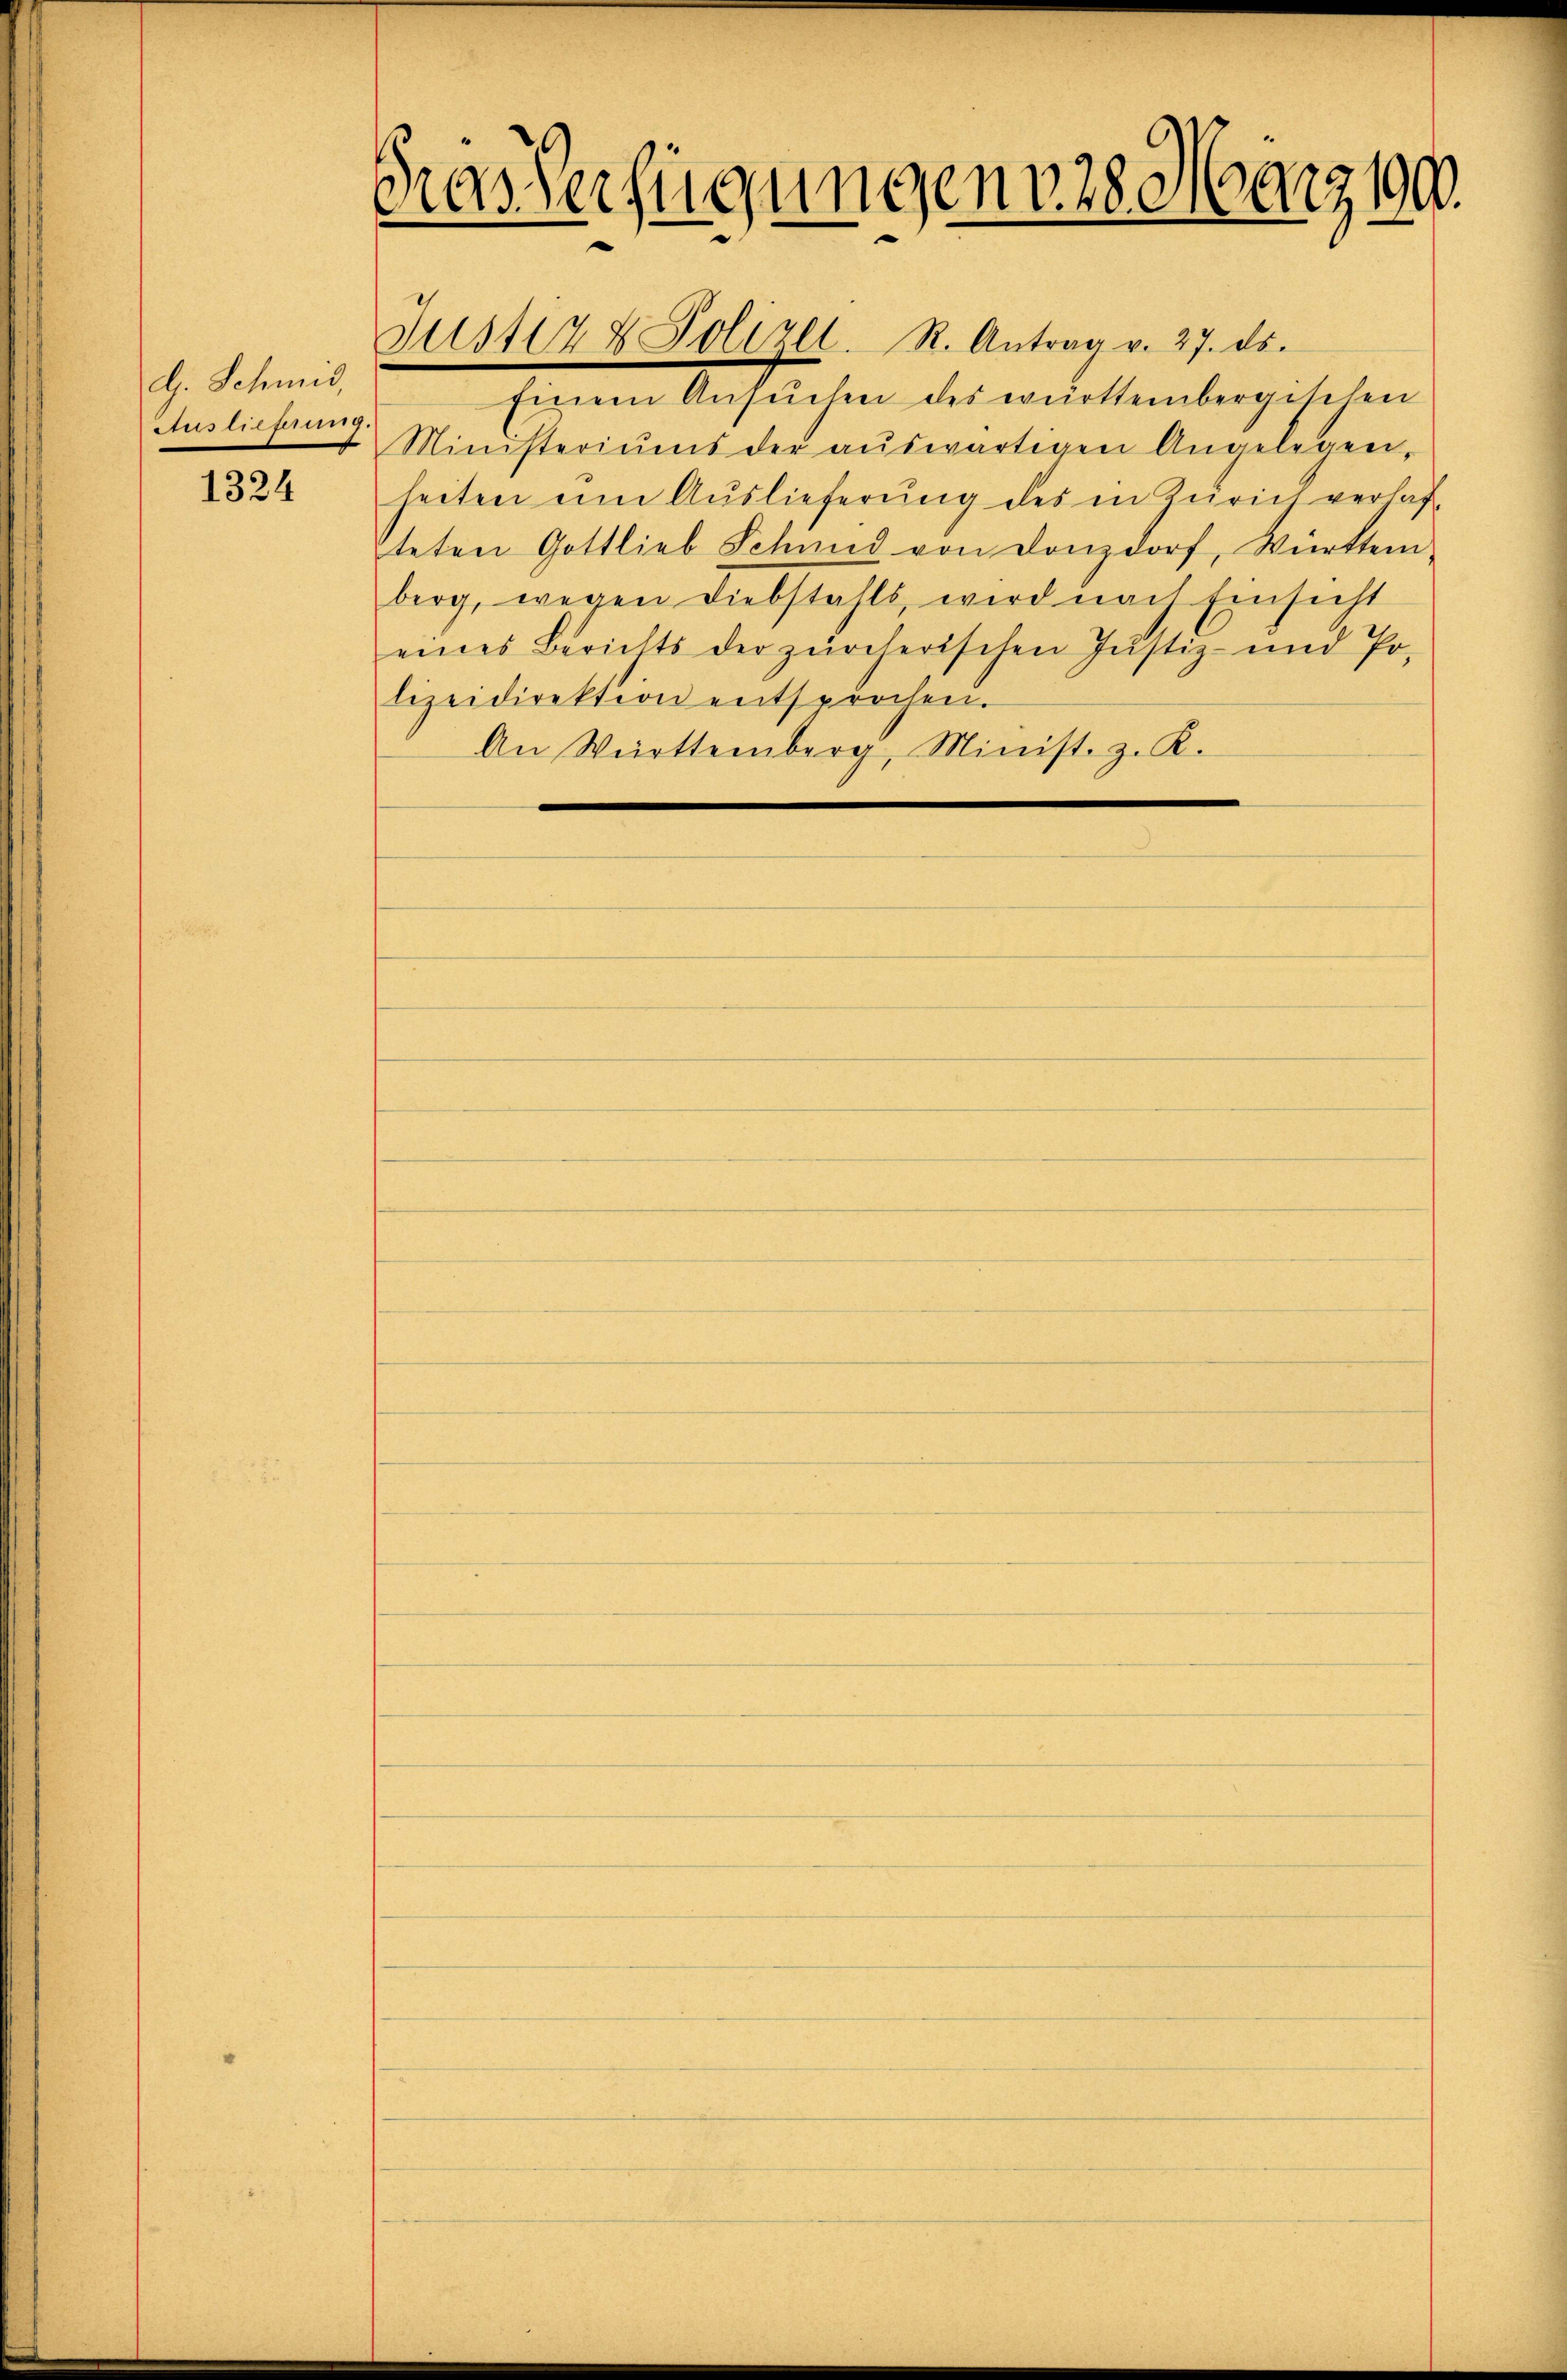
d. Schmid,
Auslieferung.

1324

Das Verfügungen v. 28. März 190.
e

Justiz & Polizei. R. Antrag v. 27. ds.

Einen Ansuchen der weittenbergesehen
Ministeriums der aŭswärtigen Angelegen,
heiten um Auslieferung des in Zürich verlaspteten Gottlieb Schmid von Donzdorf, Württem
berg, wegen Diebstahls, wird nach Einsicht
eines Berichts der zürcherischen Justiz- und Po-
lizeidirektion entsprochen.
An Württemberg, Minist. z. K.